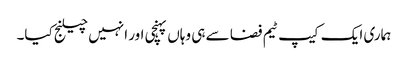
ہماری ایک کیپ ٹیم فضا سے ہی وہاں پہنچی اور انہیں چیلنج کیا۔